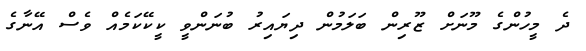
ދެ މީހުންގެ މޫނަށް ޒޫރިން ބަލަމުން ދިޔައިރު ބުނަންވީ ކީކޭކަމެއް ވެސް އޭނާގެ